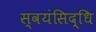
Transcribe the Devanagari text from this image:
स्वयंसिद्धि